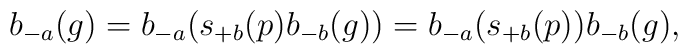
b_{-a}(g) = b_{-a}(s_{+b}(p) b_{-b}(g)) = b_{-a}(s_{+b}(p))b_{-b}(g),